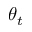
\theta _ { t }